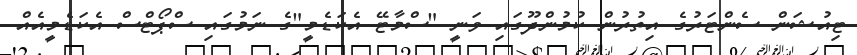
ޓިއުޝަން ސެންޓަރުގެ އިތުރުން ކުމުންދޫގައި ވަނީ "ސްމާޓޭ އެކަޑެމީ"ގެ ނަމުގައި ސްޕޯޓްސް އެކަޑެމީއެއް